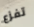
تفزع